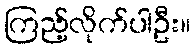
ကြည့်လိုက်ပါဦး။